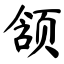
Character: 颔